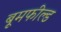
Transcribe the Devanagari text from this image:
बूमफील्ड